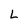
Character: L